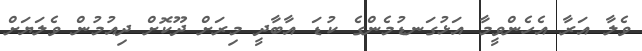
ވެލާ އަރާ އެހެންވީމާ އަޅުގަނޑުމެންގެ ކުޑަ އާބާދީ މިރަށް ދޫކޮށް ދިއުމުން ވެލަޔަށް